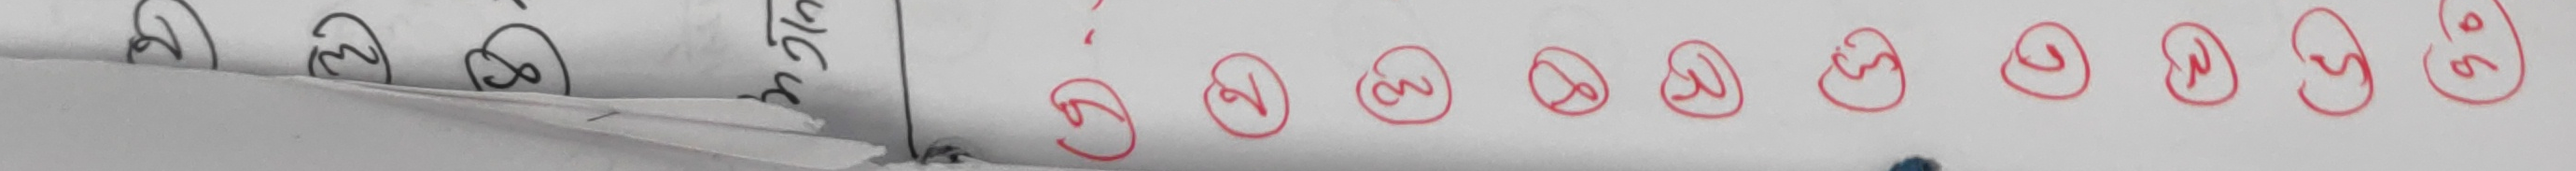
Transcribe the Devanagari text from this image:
८ १ २ ३ ४ ५ ६